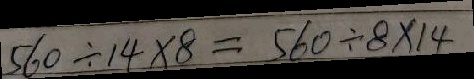
5 6 0 \div 1 4 \times 8 = 5 6 0 \div 8 \times 1 4